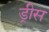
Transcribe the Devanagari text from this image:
ड्रीस